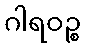
ဂါရဝဉ္စ